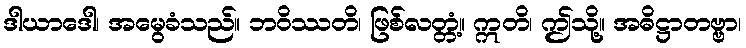
ဒါယာဒေါ၊ အမွေခံသည်။ ဘဝိဿတိ၊ ဖြစ်လတ္တံ့။ ဣတိ၊ ဤသို့။ အဓိဋ္ဌာတဗ္ဗာ၊